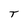
Character: T